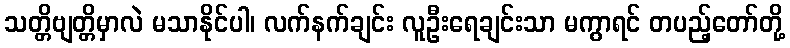
သတ္တိဗျတ္တိမှာလဲ မသာနိုင်ပါ၊ လက်နက်ချင်း လူဦးရေချင်းသာ မကွာရင် တပည့်တော်တို့